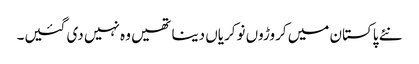
نئے پاکستان میں کروڑوں نوکریاں دینا تھیں وہ نہیں دی گئیں۔